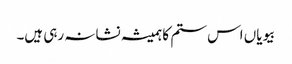
بیویاں اس ستم کا ہمیشہ نشانہ رہی ہیں۔